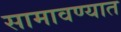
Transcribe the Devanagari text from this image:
सामावण्यात